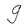
Character: g